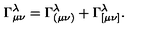
\Gamma _ { \mu \nu } ^ { \lambda } = \Gamma _ { ( \mu \nu ) } ^ { \lambda } + \Gamma _ { [ \mu \nu ] } ^ { \lambda } .